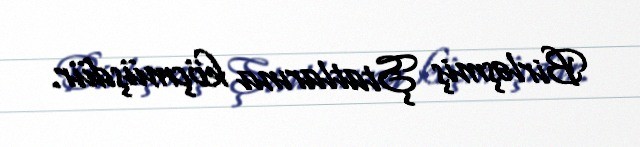
Birləşmiş Ştatlarına köçmüşdür.